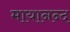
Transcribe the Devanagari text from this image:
मायानन्द